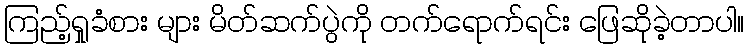
ကြည့်ရှုခံစား များ မိတ်ဆက်ပွဲကို တက်ရောက်ရင်း ဖြေဆိုခဲ့တာပါ။